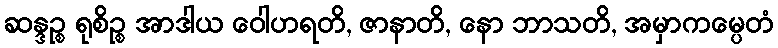
ဆန္ဒဉ္စ ရုစိဉ္စ အာဒါယ ဝေါဟရတိ, ဇာနာတိ, နော ဘာသတိ, အမှာကမ္ပေတံ